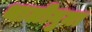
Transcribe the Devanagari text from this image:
थालीनुमा